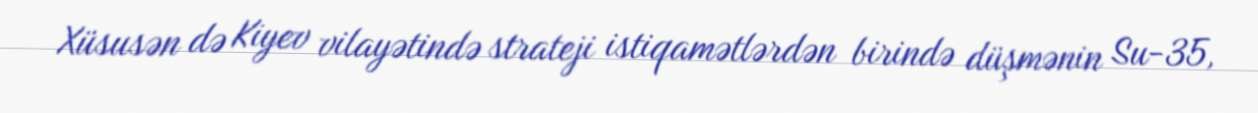
Xüsusən də Kiyev vilayətində strateji istiqamətlərdən birində düşmənin Su-35,